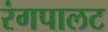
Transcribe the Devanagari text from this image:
रंगपालट